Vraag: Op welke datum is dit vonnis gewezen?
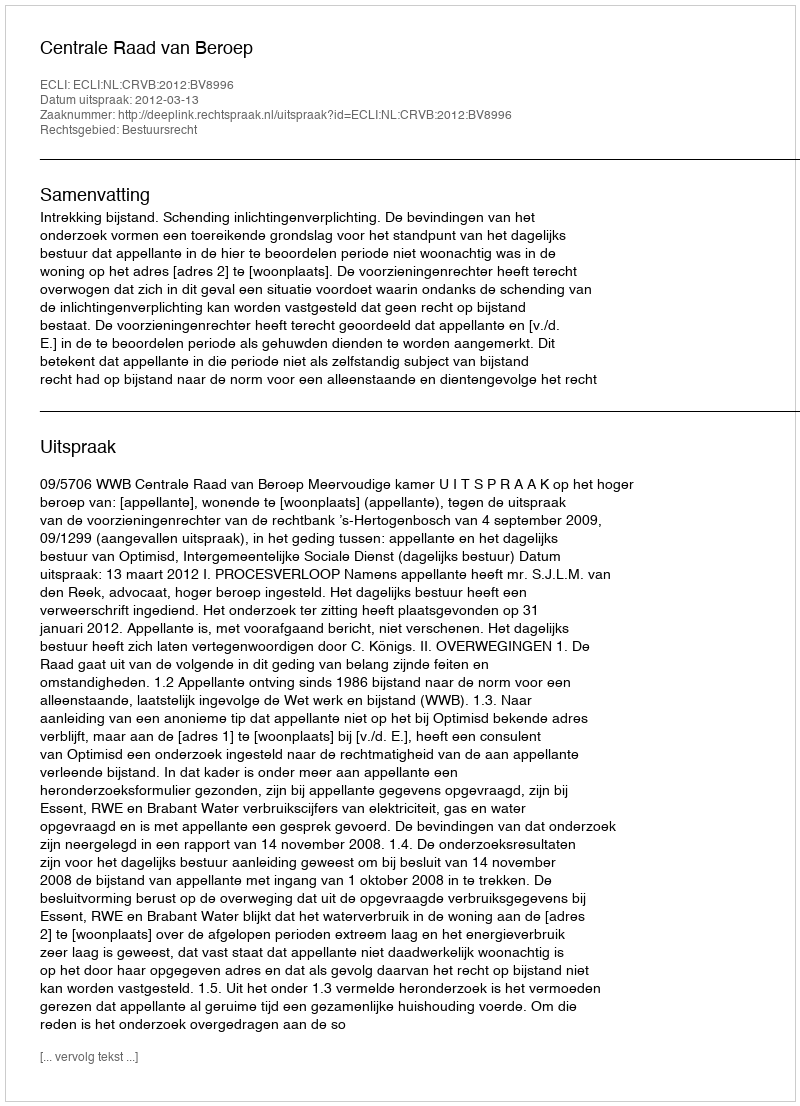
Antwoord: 2012-03-13